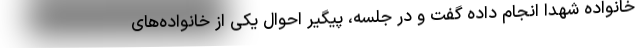
خانواده شهدا انجام داده گفت و در جلسه، پیگیر احوال یکی از خانواده‌های